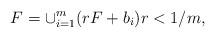
LaTeX: \begin{align*} F=\cup _{i=1}^{m}(rF+b_{i})r<1/m,\end{align*}